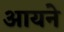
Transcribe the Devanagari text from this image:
आयने